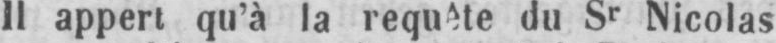
Il appert qu’à la requête du Sr Nicolas